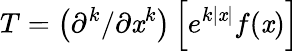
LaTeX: T=\left({\partial}^{k}/\partial\mathit{x}^{k}\right)\left[e^{k|\mathit{x}|}f(\mathit{x})\right]